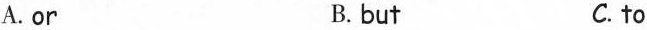
A.or B. but C. to